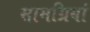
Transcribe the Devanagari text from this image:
सामग्रियां